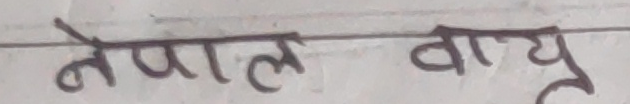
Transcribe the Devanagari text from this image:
नेपाल वायु